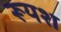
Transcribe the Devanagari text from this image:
रूयश